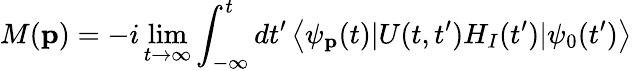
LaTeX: M(\textbf{p})=-i\operatorname*{lim}_{t\rightarrow\infty}\int_{-\infty}^{t}dt^{\prime}\left\langle\psi_{\textbf{p}}(t)|U(t,t^{\prime})H_{I}(t^{\prime})|\psi_{0}(t^{\prime})\right\rangle